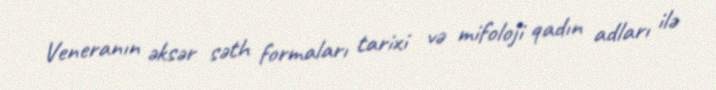
Veneranın əksər səth formaları tarixi və mifoloji qadın adları ilə